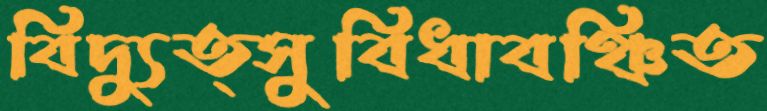
বিদ্যুত্সুবিধাবঞ্চিত